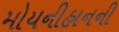
મોયનીહાનની